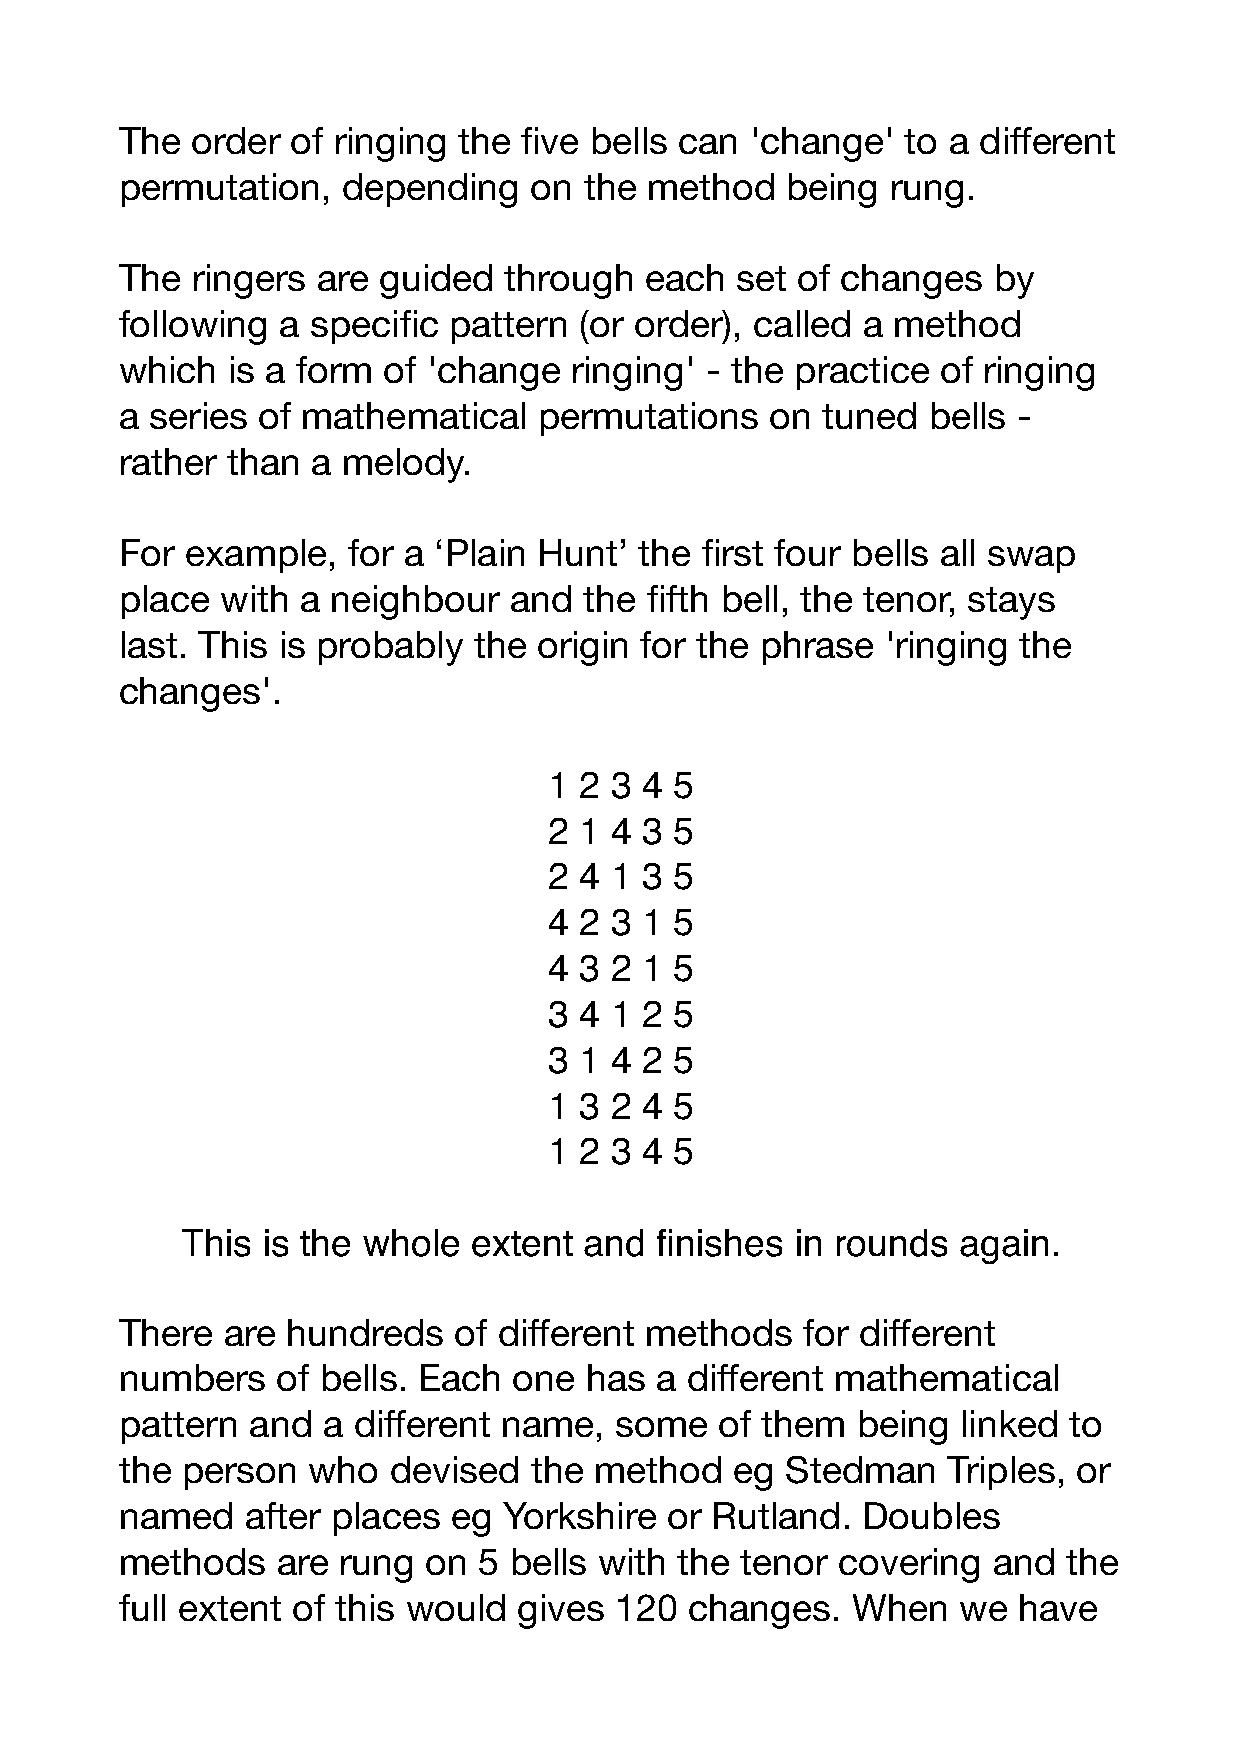
The  order of ringing the five bells can  'change'  to a different
 permutation,   depending   on  the method   being  rung.
 The  ringers are guided  through   each  set of changes   by
 following a  specific pattern (or order), called a method
 which  is a form of 'change   ringing' - the practice of ringing
 a series of mathematical    permutations   on tuned  bells -
 rather than  a melody.
 For example,   for a ‘Plain Hunt’ the first four bells all swap
 place  with a neighbour   and  the fifth bell, the tenor, stays
 last. This is probably the  origin for the phrase  'ringing the
 changes'.
 1 2 3 4  5
 2 1 4 3  5
 2 4 1 3  5
 4 2 3 1  5
 4 3 2 1  5
 3 4 1 2  5
 3 1 4 2  5
 1 3 2 4  5
 1 2 3 4  5
 This is the whole  extent  and finishes  in rounds again.
 There  are hundreds   of different methods   for different
 numbers   of bells. Each  one  has a different mathematical
 pattern  and a different name,   some   of them  being  linked to
 the person  who   devised  the method    eg Stedman    Triples, or
 named   after places  eg Yorkshire  or Rutland.  Doubles
 methods   are rung  on  5 bells with the tenor covering   and  the
 full extent of this would gives  120  changes.  When   we  have